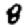
Digit: 8